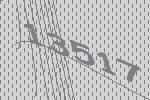
13517